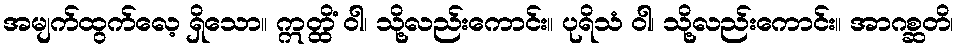
အမျက်ထွက်လေ့ ရှိသော။ ဣတ္ထိံ ဝါ၊ သို့လည်းကောင်း။ ပုရိသံ ဝါ၊ သို့လည်းကောင်း။ အာဂစ္ဆတိ၊